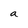
Character: a